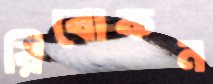
রিবোকন